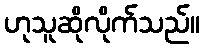
ဟုသူဆိုလိုက်သည်။